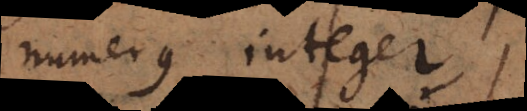
merus integer,